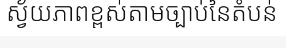
ស្វ័យភាពខ្ពស់តាមច្បាប់នៃតំបន់